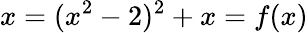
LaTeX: x=(x^{2}-2)^{2}+x=f(x)